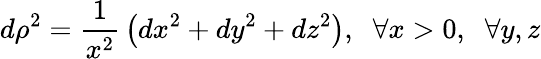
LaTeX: d\rho^{2}={\frac{1}{x^{2}}}\left(dx^{2}+dy^{2}+dz^{2}\right),\; \; \forall x>0,\; \; \forall y,z